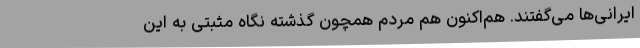
ایرانی‌ها می‌گفتند. هم‌اکنون هم مردم همچون گذشته نگاه مثبتی به این